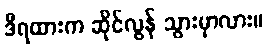
ဒီရထားက ဆိုင်လွန် သွားမှာလား။